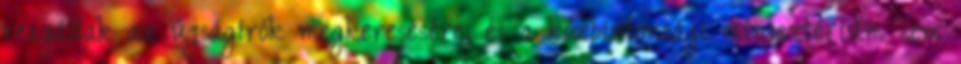
reagáltak az újságírók megkeresésére, és a közbiztonsági minisztérium sem